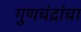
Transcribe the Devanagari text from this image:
गुणचंद्रांचा